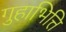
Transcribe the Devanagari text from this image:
गुहाभित्ति